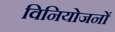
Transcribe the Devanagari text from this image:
विनियोजनों